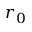
r _ { 0 }